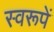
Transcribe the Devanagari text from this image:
स्वरूपें